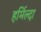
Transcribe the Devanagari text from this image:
हर्मिल्दा